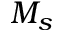
M _ { s }